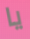
يا